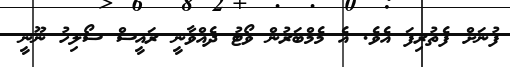
ފުނަށް ފެތުރިފަ އެވެ. އެ މެމްބަރުން ވޯޓު ދެއްވާނީ ރައީސް ސޯލިހު ނޫނީ